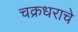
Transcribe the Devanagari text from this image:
चक्रधराचे